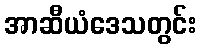
အာဆီယံဒေသတွင်း